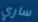
ساري